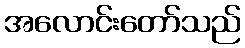
အလောင်းတော်သည်